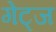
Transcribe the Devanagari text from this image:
गेट्ज